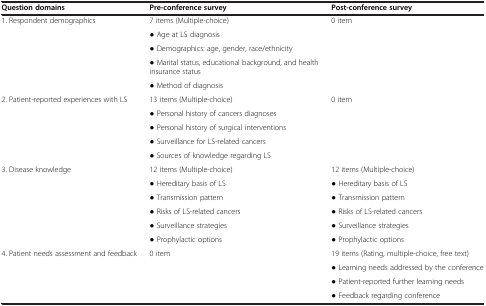
<table><thead><tr><td><b>Question domains</b></td><td><b>Pre-conference survey</b></td><td><b>Post-conference survey</b></td></tr></thead><tbody><tr><td rowspan="5">1. Respondent demographics</td><td>7 items (Multiple-choice)</td><td rowspan="5">0 item</td></tr><tr><td>● Age at LS diagnosis</td></tr><tr><td>● Demographics: age, gender, race/ethnicity</td></tr><tr><td>● Marital status, educational background, and health insurance status</td></tr><tr><td>● Method of diagnosis</td></tr><tr><td rowspan="5">2. Patient-reported experiences with LS</td><td>13 items (Multiple-choice)</td><td rowspan="5">0 item</td></tr><tr><td>● Personal history of cancers diagnoses</td></tr><tr><td>● Personal history of surgical interventions</td></tr><tr><td>● Surveillance for LS-related cancers</td></tr><tr><td>● Sources of knowledge regarding LS</td></tr><tr><td rowspan="6">3. Disease knowledge</td><td>12 items (Multiple-choice)</td><td>12 items (Multiple-choice)</td></tr><tr><td>● Hereditary basis of LS</td><td>● Hereditary basis of LS</td></tr><tr><td>● Transmission pattern</td><td>● Transmission pattern</td></tr><tr><td>● Risks of LS-related cancers</td><td>● Risks of LS-related cancers</td></tr><tr><td>● Surveillance strategies</td><td>● Surveillance strategies</td></tr><tr><td>● Prophylactic options</td><td>● Prophylactic options</td></tr><tr><td rowspan="4">4. Patient needs assessment and feedback</td><td rowspan="4">0 item</td><td>19 items (Rating, multiple-choice, free text)</td></tr><tr><td>● Learning needs addressed by the conference</td></tr><tr><td>● Patient-reported further learning needs</td></tr><tr><td>● Feedback regarding conference</td></tr></tbody></table>